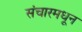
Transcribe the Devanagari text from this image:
संचारमधून